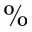
\%